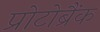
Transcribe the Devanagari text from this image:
प्रोटोब्रैंक